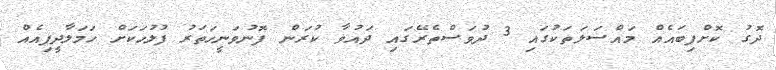
ދޮގު ކޮށްފިބައެއް މައްސަލަތަކުގައި 3 ދުވަސްތެރޭގައި ދައުވާ ކުރަން ފޮނުވަނީހަތަރު ފުލުހަކަށް ހަމަލާދީފިއެއް